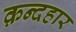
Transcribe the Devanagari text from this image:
क़न्दहार